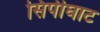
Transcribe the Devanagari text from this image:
सिपीघाट